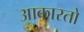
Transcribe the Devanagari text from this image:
आकारतो